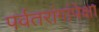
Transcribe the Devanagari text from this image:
पर्वतरांगांपेक्षा